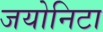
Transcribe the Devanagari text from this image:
जयोनिटा